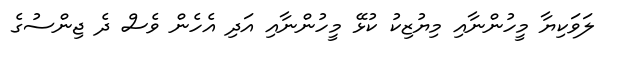
ލަވަކިޔާ މީހުންނާއި މިޔުޒިކު ކުޅޭ މީހުންނާއި އަދި އެހެން ވެސް ދެ ޖިންސުގެ